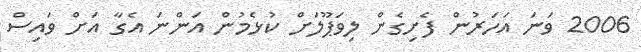
2006 ވަނަ އަހަރުން ފެށިގެން ލިވަޕޫލަށް ކުޅެމުން އަންނަ އެގާ އަށް ވައިސް